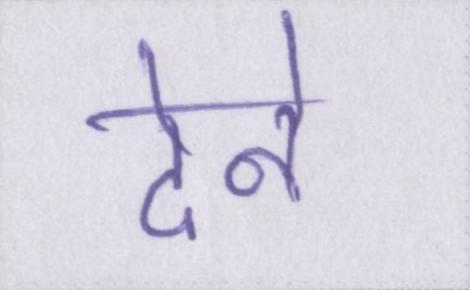
देने